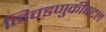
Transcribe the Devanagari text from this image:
निवडणुकीबद्दल